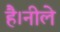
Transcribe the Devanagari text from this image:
है।नीले